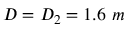
D = D _ { 2 } = 1 . 6 ~ m